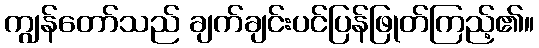
ကျွန်တော်သည် ချက်ချင်းပင်ပြန်ဖြုတ်ကြည့်၏။